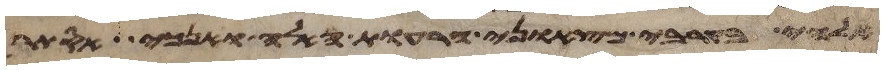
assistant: אלהי בקרבי מצאוני הרעות האלה ואנכי הסתר